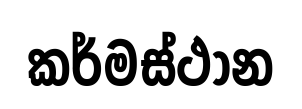
කර්මස්ථාන